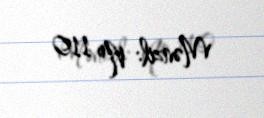
Mənzil: № 110